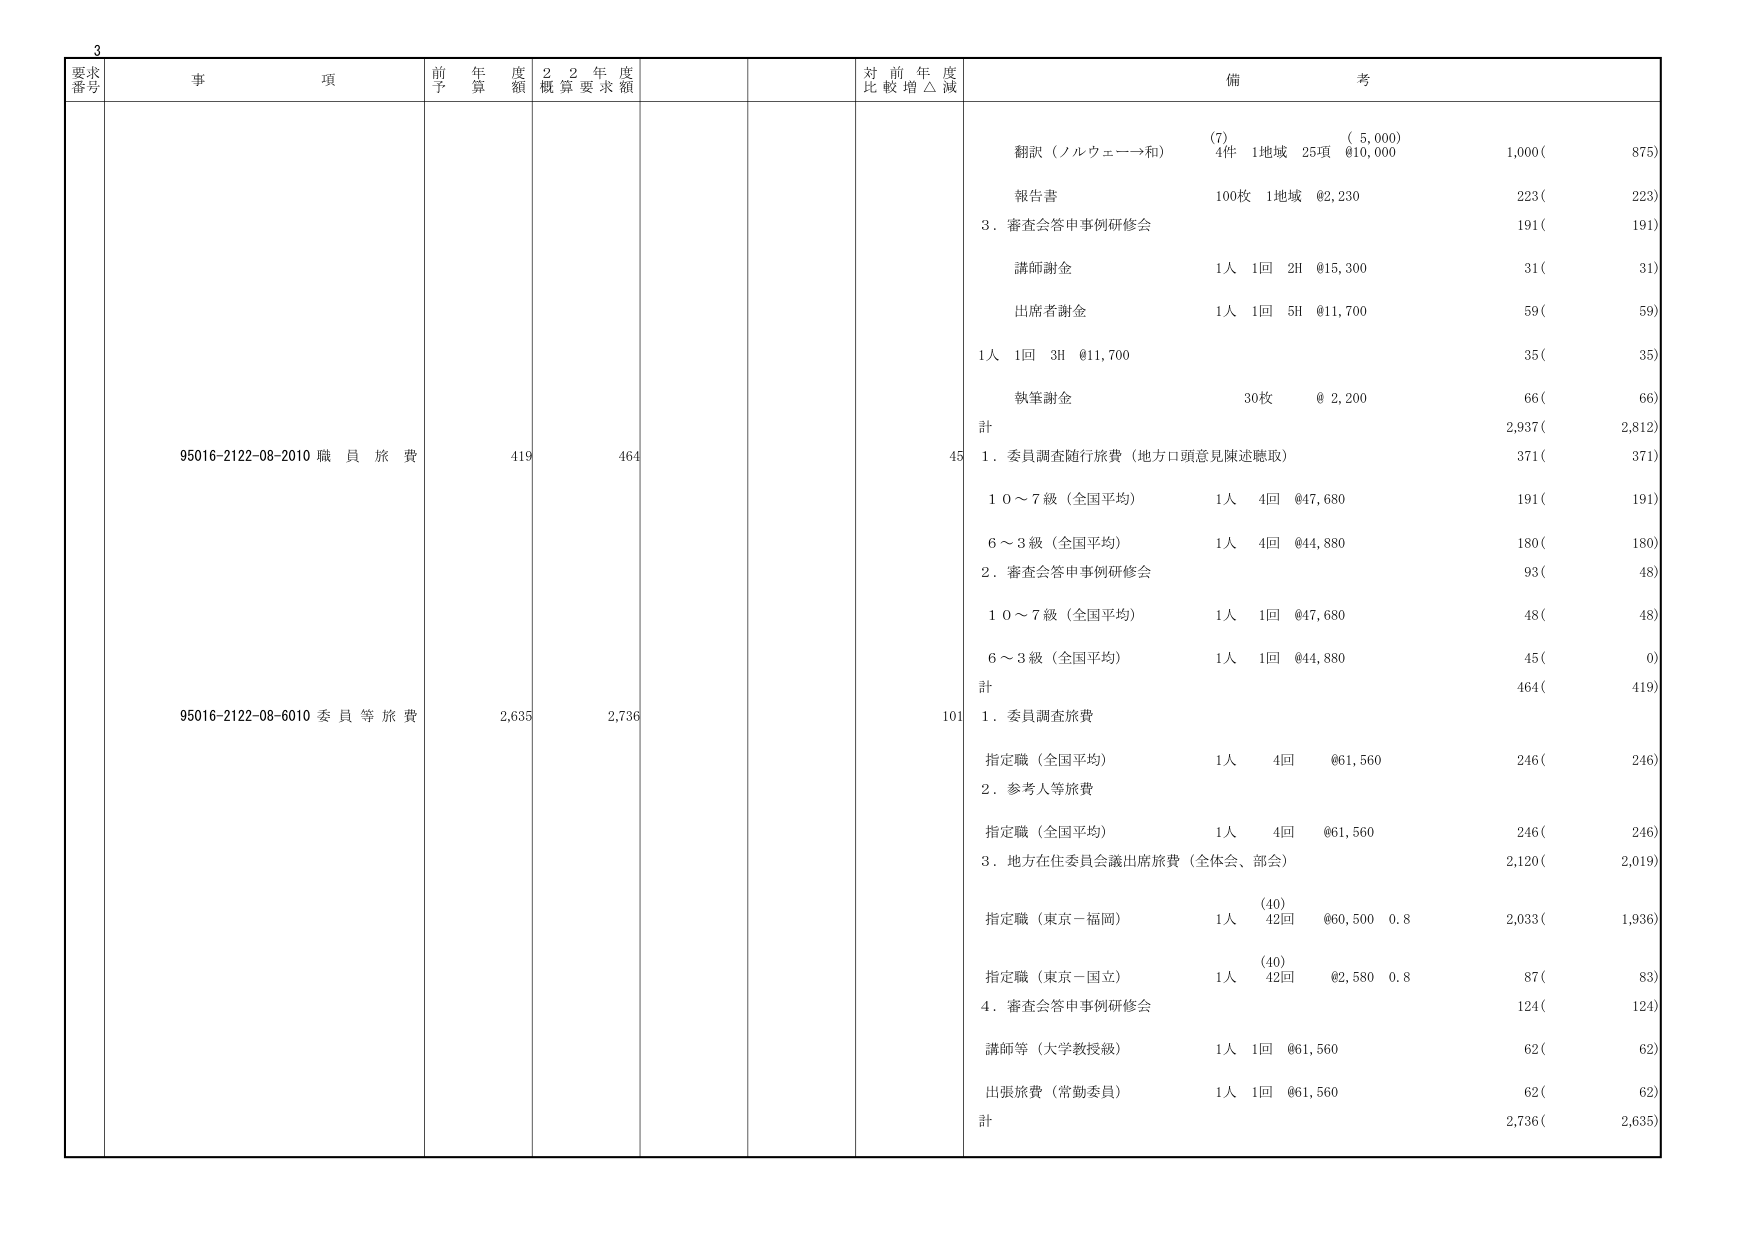
3
要求
番号
事 項
前 年 度
予 算 額
2 2 年 度
概 算 要 求 額
対 前 年 度
比 較 増 △ 減
備 考
95016-2122-08-2010 職 員 旅 費
419
464
45
(7)
( 5,000)
翻訳（ノルウェー→和）
4件 1地域 25項 @10,000
1,000(
875)
報告書
100枚 1地域 @2,230
223(
223)
3．審査会答申事例研修会
191(
191)
講師謝金
1人 1回 2H @15,300
31(
31)
出席者謝金
1人 1回 5H @11,700
59(
59)
1人 1回 3H @11,700
35(
35)
執筆謝金
30枚 @ 2,200
66(
66)
計
2,937(
2,812)
1．委員調査随行旅費（地方口頭意見陳述聴取）
371(
371)
1 0～7 級（全国平均）
1人 4回 @47,680
191(
191)
6～3 級（全国平均）
1人 4回 @44,880
180(
180)
2．審査会答申事例研修会
93(
48)
1 0～7 級（全国平均）
1人 1回 @47,680
48(
48)
6～3 級（全国平均）
1人 1回 @44,880
45(
0)
計
464(
419)
95016-2122-08-6010 委 員 等 旅 費
2,635
2,736
101
1．委員調査旅費
指定職（全国平均）
1人 4回 @61,560
246(
246)
2．参考人等旅費
指定職（全国平均）
1人 4回 @61,560
246(
246)
3．地方在住委員会議出席旅費（全体会、部会）
2,120(
2,019)
(40)
指定職（東京－福岡）
1人 42回 @60,500 0.8
2,033(
1,936)
(40)
指定職（東京－国立）
1人 42回 @2,580 0.8
87(
83)
4．審査会答申事例研修会
124(
124)
講師等（大学教授級）
1人 1回 @61,560
62(
62)
出張旅費（常勤委員）
1人 1回 @61,560
62(
62)
計
2,736(
2,635)